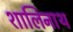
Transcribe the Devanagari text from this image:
शालिनाथ